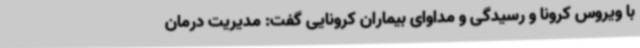
با ویروس کرونا و رسیدگی و مداوای بیماران کرونایی گفت: مدیریت درمان